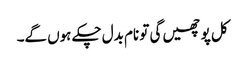
کل پوچھیں گی تو نام بدل چکے ہوں گے۔